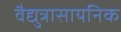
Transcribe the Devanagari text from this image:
वैद्युत्रासायनिक